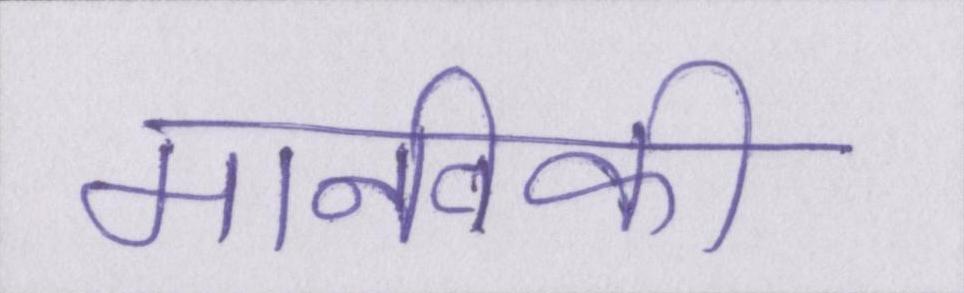
मानविकी